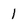
Character: 1